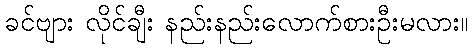
ခင်ဗျား လိုင်ချီး နည်းနည်းလောက်စားဦးမလား။